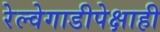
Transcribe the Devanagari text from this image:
रेल्वेगाडीपेक्षाही